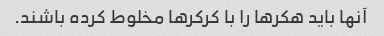
آنها باید هکرها را با کرکرها مخلوط کرده باشند.